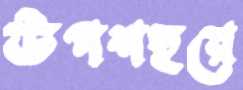
উপশহরে